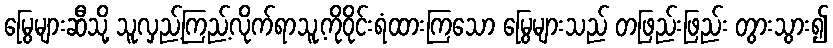
မြွေများဆီသို့ သူလှည့်ကြည့်လိုက်ရာသူ့ကိုဝိုင်းရံထားကြသော မြွေများသည် တဖြည်းဖြည်း တွားသွား၍